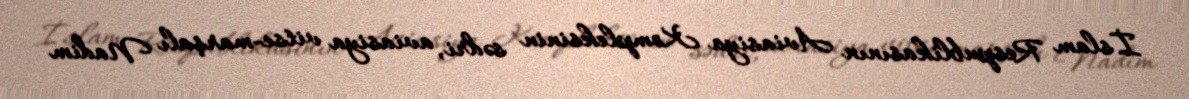
İslam Respublikasının Aviasiya Kompleksinin sədri, aviasiya vitse-marşalı Nadim